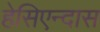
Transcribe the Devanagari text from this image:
हेसिएन्दास